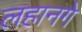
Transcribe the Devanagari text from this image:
लहानगे